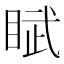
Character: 𬑘